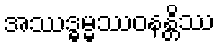
အဿဒ္ဓမ္မဿဝနန္တိဿ